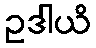
ဥဒါယိ